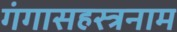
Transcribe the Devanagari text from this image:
गंगासहस्त्रनाम